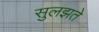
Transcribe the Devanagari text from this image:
सुलझते